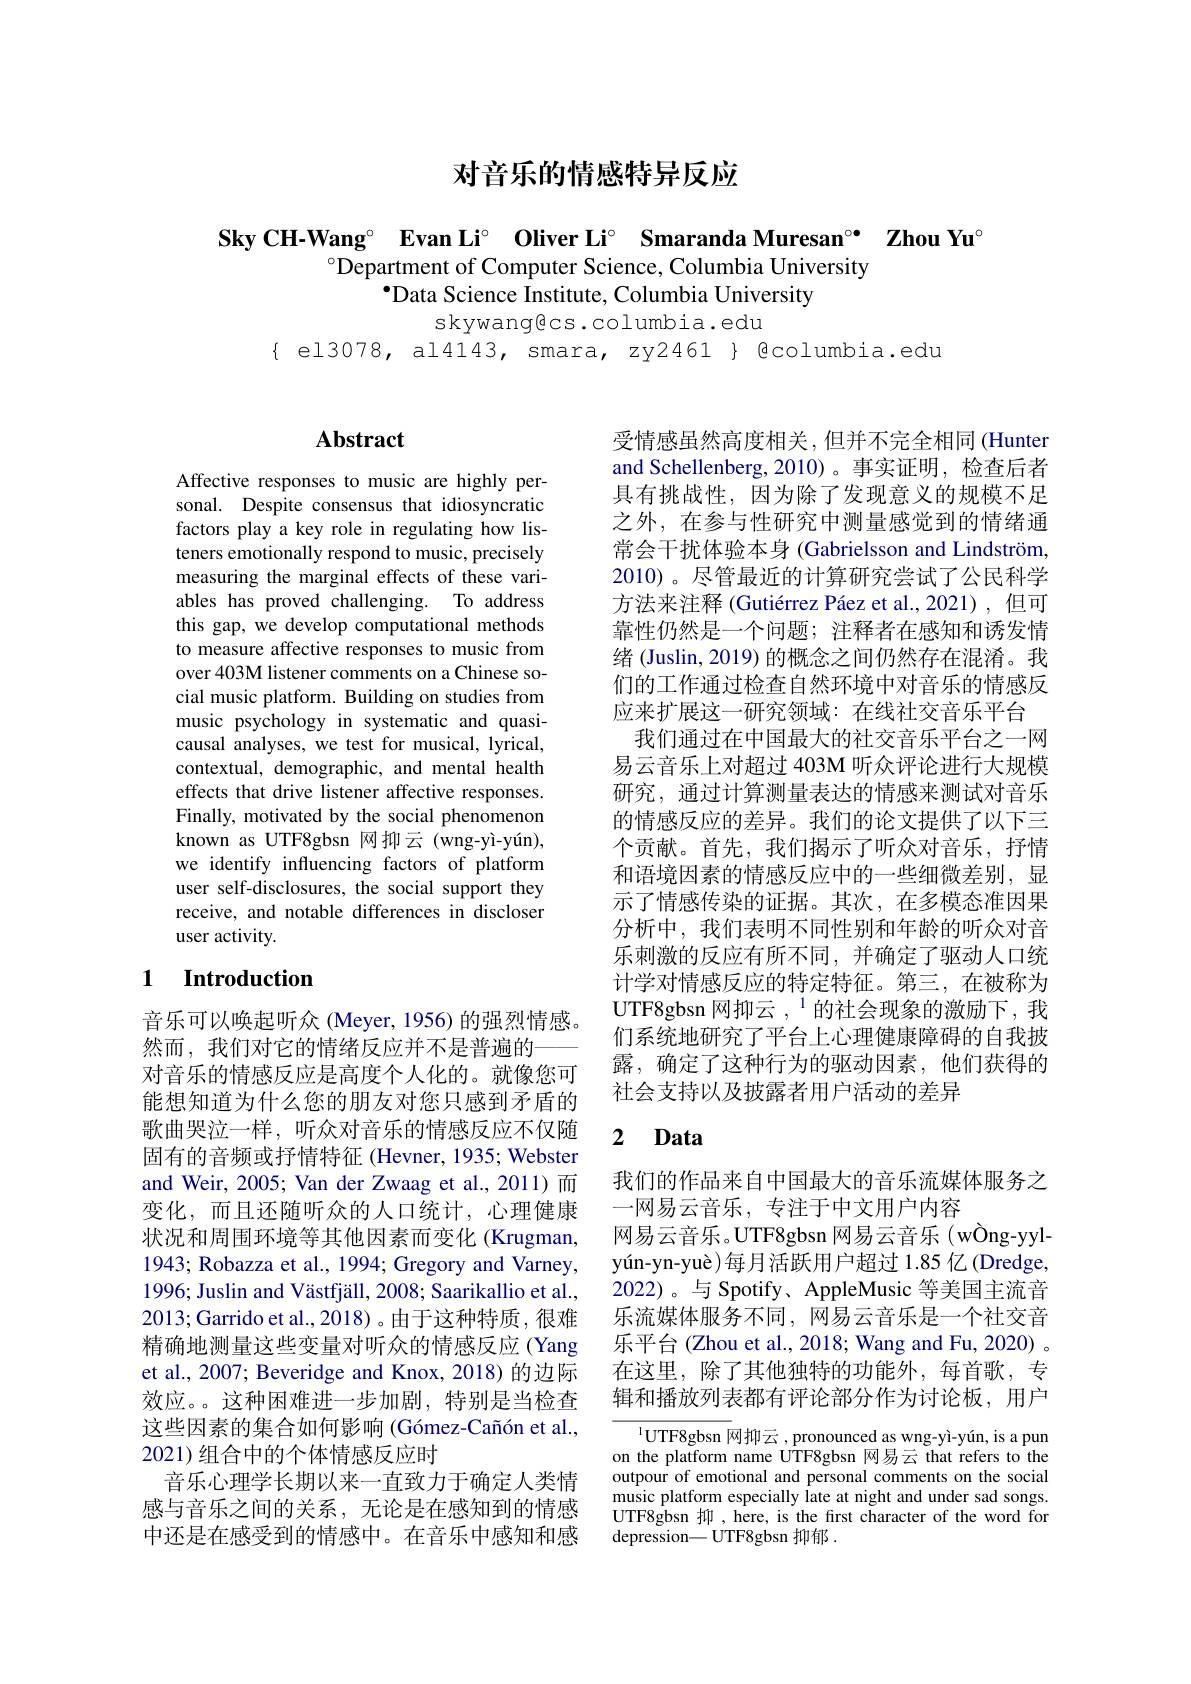
## 对音乐的情感特异反应

Sky CH-Wang° Evan Li° Oliver Li° Smaranda Muresan° Zhou Yu
$^{\circ}$Department of Computer Science, Columbia University
$•$Data Science Institute, Columbia University
skywang@cs.columbia.edu

$\{ el3078, al4143, smara, zy2461 $ @columbia.edu$

# Abstract

Affective responses to music are highly personal. Despite consensus that idiosyncratic factors play a key role in regulating how listeners emotionally respond to music, precisely measuring the marginal effects of these variables has proved challenging. To address this gap, we develop computational methods to measure affective responses to music from over 403M listener comments on a Chinese social music platform. Building on studies from music psychology in systematic and quasicausal analyses, we test for musical, lyrical, contextual, demographic, and mental health effects that drive listener affective responses. Finally, motivated by the social phenomenon known as UTF8gbsn 网抑云 (wng-yì-yún), we identify influencing factors of platform user self-disclosures, the social support they receive, and notable differences in discloser user activity.

## 1 $\textbf{Introduction}$

音乐可以唤起听众 (Meyer, 1956) 的强烈情感。
然而，我们对它的情绪反应并不是普遍的一
对音乐的情感反应是高度个人化的。就像您可能想知道为什么您的朋友对您只感到矛盾的歌曲哭泣一样，听众对音乐的情感反应不仅随固有的音频或抒情特征 (Hevner, 1935; Webster and Weir, 2005; Van der Zwaag et al.,2011)而变化，而且还随听众的人口统计，心理健康状况和周围环境等其他因素而变化 (Krugman, 1943; Robazza et al., 1994; Gregory and Varney, 1996; Juslin and Västfjäll, 2008; Saarikallio et al., 2013;Garrido et al., 2018)。由于这种特质，很难精确地测量这些变量对听众的情感反应 (Yang et al., 2007; Beveridge and Knox, 2018) 的边际效应。。这种困难进一步加剧，特别是当检查这些因素的集合如何影响(Gómez-Cañón et al., 2021) 组合中的个体情感反应时
音乐心理学长期以来一直致力于确定人类情感与音乐之间的关系，无论是在感知到的情感中还是在感受到的情感中。在音乐中感知和感

受情感虽然高度相关，但并不完全相同(Hunter and Schellenberg, 2010)。事实证明，检查后者具有挑战性，因为除了发现意义的规模不足之外，在参与性研究中测量感觉到的情绪通常会干扰体验本身 (Gabrielsson and Lindström, 2010)。尽管最近的计算研究尝试了公民科学方法来注释 (Gutiérrez Páez et al.,2021), 但可靠性仍然是一个问题；注释者在感知和诱发情绪 (Juslin, 2019) 的概念之间仍然存在混淆。我们的工作通过检查自然环境中对音乐的情感反应来扩展这一研究领域：在线社交音乐平台
我们通过在中国最大的社交音乐平台之一网易云音乐上对超过 403M 听众评论进行大规模研究，通过计算测量表达的情感来测试对音乐的情感反应的差异。我们的论文提供了以下三个贡献。首先，我们揭示了听众对音乐，抒情和语境因素的情感反应中的一些细微差别，显示了情感传染的证据。其次，在多模态准因果分析中，我们表明不同性别和年龄的听众对音乐刺激的反应有所不同，并确定了驱动人口统计学对情感反应的特定特征。第三，在被称为UTF8gbsn 网抑云 ,$^{1}$的社会现象的激励下，我们系统地研究了平台上心理健康障碍的自我披露，确定了这种行为的驱动因素，他们获得的社会支持以及披露者用户活动的差异

### 2 $\textbf{Data}$

我们的作品来自中国最大的音乐流媒体服务之
一网易云音乐，专注于中文用户内容
网易云音乐。UTF8gbsn 网易云音乐(wÒng-yyl- $\text{y\' {u}n- yn- yu\` {e}) 每 月 活 跃 用 户 超 过 1. 85亿 ( Dredge, }$ 2022)。与 Spotify、AppleMusic 等美国主流音乐流媒体服务不同，网易云音乐是一个社交音乐平台 (Zhou et al., 2018; Wang and Fu, 2020) 。在这里，除了其他独特的功能外，每首歌，专辑和播放列表都有评论部分作为讨论板，用户

$^{1}$UTF8gbsn 网抑云，pronounced as wng-yì-yún, is a pun on the platform name UTF8gbsn 网易云 that refers to the outpour of emotional and personal comments on the social music platform especially late at night and under sad songs. UTF8gbsn 抑 , here, is the first character of the word for $\bar{\text{depression}-\text{UTF8gbsn 抑郁}}.$